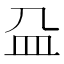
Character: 𰤴